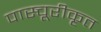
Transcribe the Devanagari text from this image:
पास्चूरीकृत